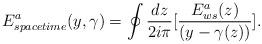
LaTeX: \begin{align*}E_{space time}^a(y,\gamma)= \oint {dz\over 2i\pi}\lbrack {{E_{ws}^{a}(z)}\over{(y-\gamma(z))}}\rbrack.\end{align*}